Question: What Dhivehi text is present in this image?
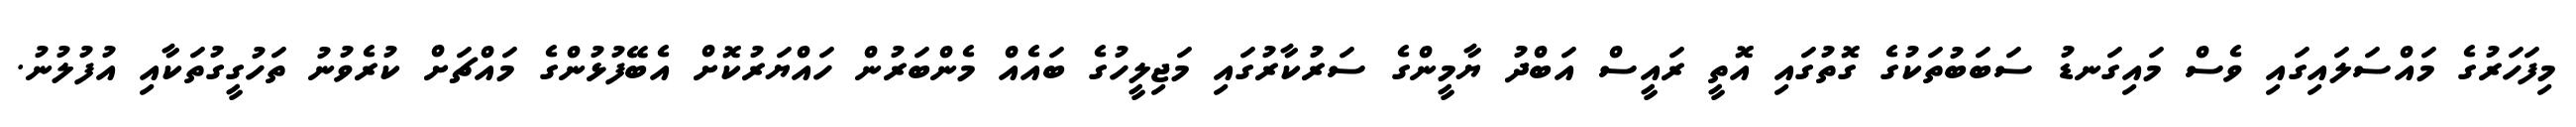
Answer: މިފަހަރުގެ މައްސަލައިގައި ވެސް މައިގަނޑު ސަބަބުތަކުގެ ގޮތުގައި އޮތީ ރައީސް އަބްދު ޔާމީންގެ ސަރުކާރުގައި މަޖިލީހުގެ ބައެއް މެންބަރުން ހައްޔަރުކޮށް އެބޭފުޅުންގެ މައްޗަށް ކުރެވުނު ތަހުގީގުތަކާއި އުފުލުނު.